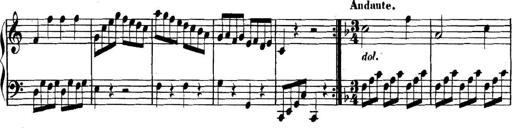
Title: Collected Piano Sonatas
Composer: Muzio Clementi